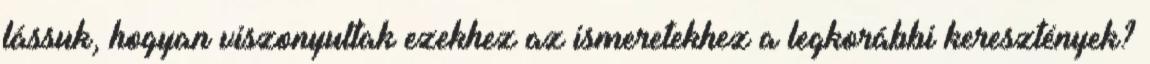
lássuk, hogyan viszonyultak ezekhez az ismeretekhez a legkorábbi keresztények?